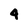
Character: 4